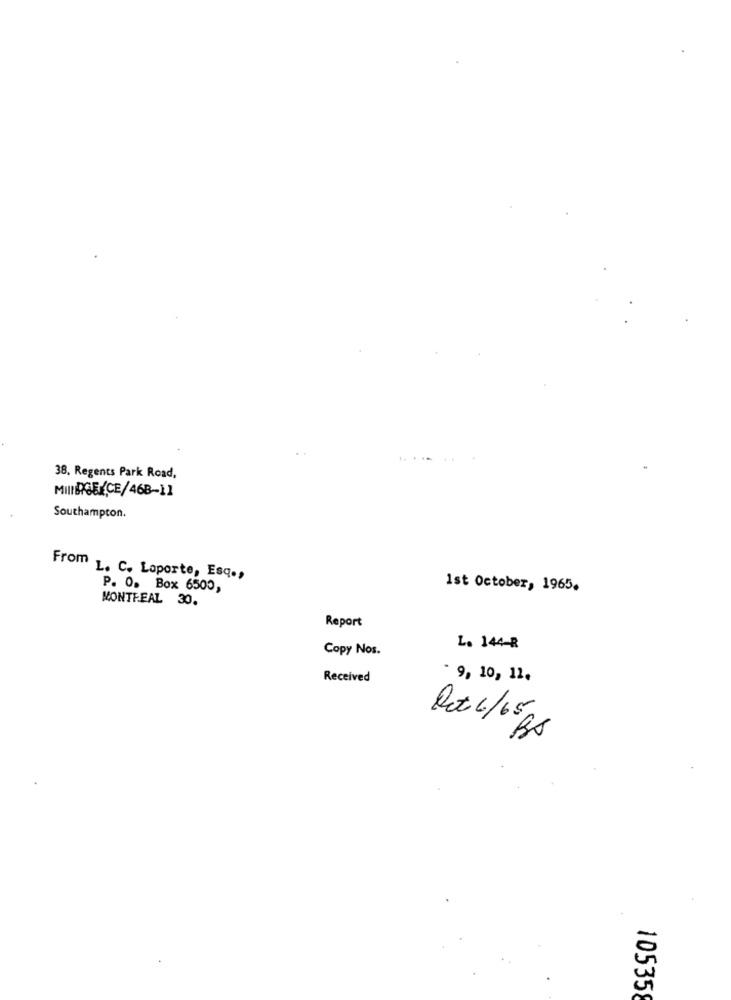
38, Regents Park Road,
MIINDIGENCE/468-11
Southampton.
From L. C. Laporte, Esq .,
P. O. Box 6500,
1st October, 1965.
MONTREAL 30.
Report
Copy Nos.
L. 144-R
Received
- 9, 10, 11.
Oct 6/65
10535